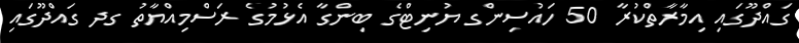
ގައްދޫގައި އިމާރާތްކުރާ 50 ހައުސިންގ ޔުނިޓްގެ ބިންގާ އެޅުމުގެ ރަސްމިއްޔާތު ގދ ގައްދޫގައި